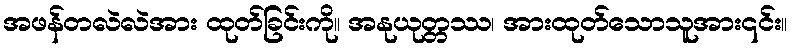
အဖန်တလဲလဲအား ထုတ်ခြင်းကို။ အနုယုတ္တဿ၊ အားထုတ်သောသူအား၎င်း။